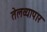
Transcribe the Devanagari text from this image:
तेलव्यापार